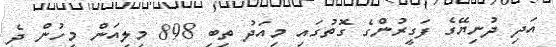
އަދި ދުނިޔޭގެ ފަގީރުންގެ ގޮތުގައި މިއަދު ތިބި 898 މިލިއަން މީހުން ދެ